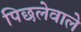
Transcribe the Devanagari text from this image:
पिछलेवाले